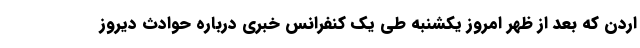
اردن که بعد از ظهر امروز یکشنبه طی یک کنفرانس خبری درباره حوادث دیروز